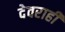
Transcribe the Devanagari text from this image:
देवराही